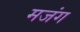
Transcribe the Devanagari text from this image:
मजंग